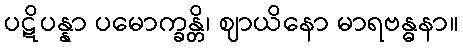
ပဋိပန္နာ ပမောက္ခန္တိ၊ ဈာယိနော မာရဗန္ဓနာ။